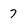
Character: 7